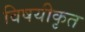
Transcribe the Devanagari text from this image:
विषयीकृत